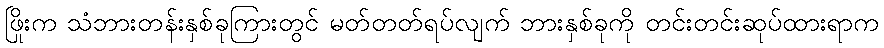
ဖြိုးက သံဘားတန်းနှစ်ခုကြားတွင် မတ်တတ်ရပ်လျက် ဘားနှစ်ခုကို တင်းတင်းဆုပ်ထားရာက